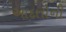
આદતોની